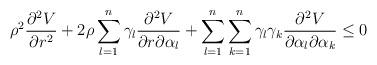
LaTeX: \begin{align*} \rho^{2}\frac{\partial^{2}V}{\partial r^{2}}+2\rho\sum\limits_{l=1}^{n}\gamma_{l}\frac{\partial^{2}V}{\partial r\partial\alpha_{l}}+\sum\limits_{l=1}^{n}\sum_{k=1}^{n}\gamma_{l}\gamma_{k}\frac{\partial^{2}V}{\partial\alpha_{l}\partial\alpha_{k}}\leq 0 \end{align*}